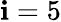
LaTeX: \mathbf{i}=5